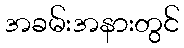
အခမ်းအနားတွင်